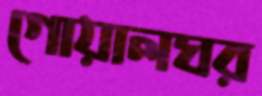
গোয়ালঘর